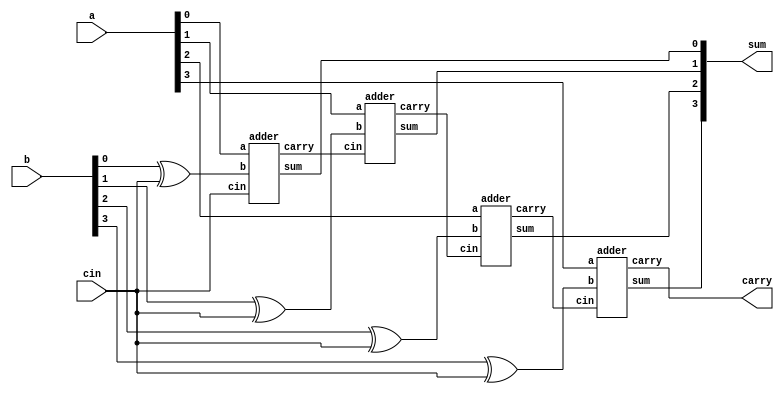
module adder_substrator(input [3:0] a, b, input cin, output [3:0] sum, output carry);
  wire [3:0] w, c;

  // XOR each bit of b with cin
  assign w[0] = (b[0] ^ cin); 
  assign w[1] = (b[1] ^ cin); 
  assign w[2] = (b[2] ^ cin); 
  assign w[3] = (b[3] ^ cin); 
  
  // Instantiate 4-bit adder units
  adder unit1(a[0], w[0], cin, sum[0], c[0]);
  adder unit2(a[1], w[1], c[0], sum[1], c[1]);
  adder unit3(a[2], w[2], c[1], sum[2], c[2]);
  adder unit4(a[3], w[3], c[2], sum[3], c[3]);

  // Final carry output
  assign carry = c[3];
endmodule


module adder(input a, b, input cin, output sum, output carry);
  assign {carry, sum} = a + b + cin;
endmodule